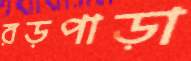
রড়পাড়া